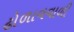
ઢોળાવવાળી